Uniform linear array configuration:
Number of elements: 48
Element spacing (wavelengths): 0.25
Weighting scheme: uniform
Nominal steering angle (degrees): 45
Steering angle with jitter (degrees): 45.619
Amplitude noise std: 0.05
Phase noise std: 0.05

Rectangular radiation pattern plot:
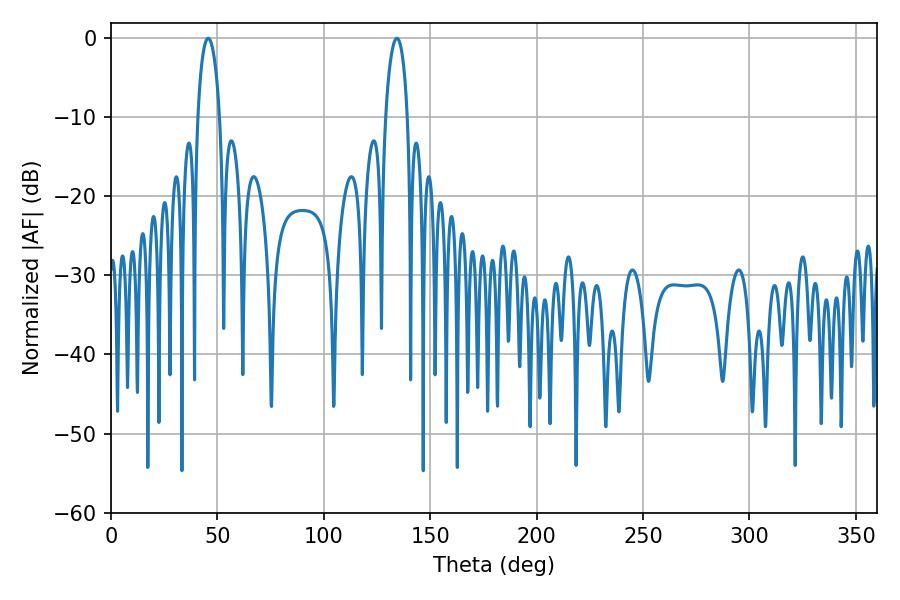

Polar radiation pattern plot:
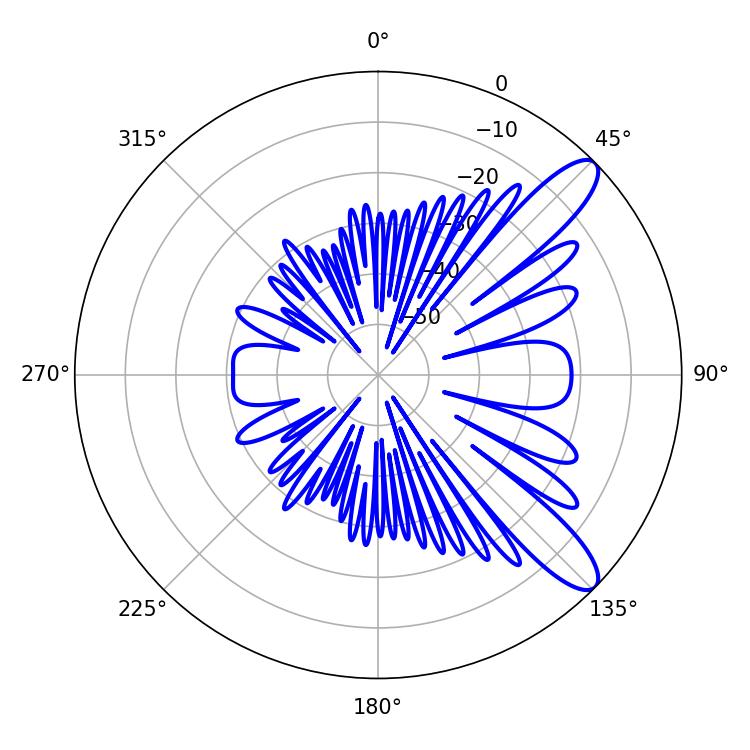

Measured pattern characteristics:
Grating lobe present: FALSE
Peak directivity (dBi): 10.704
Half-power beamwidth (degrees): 5.76
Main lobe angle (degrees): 45.72